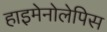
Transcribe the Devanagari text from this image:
हाइमेनोलेपिस